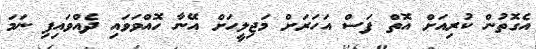
އެގޮތުން ކުރިއަށް އޮތް ފަސް އަހަރަށް މަޖިލީހަށް އޭނާ ހޮއްވަވައި ދެއްވައިފި ނަމަ